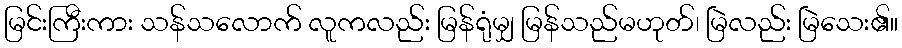
မြင်းကြီးကား သန်သလောက် လူကလည်း မြန်ရုံမျှ မြန်သည်မဟုတ်၊ မြဲလည်း မြဲသေး၏။